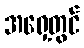
အရှေ့တွင်